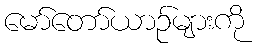
မော်တော်ယာဉ်များကို